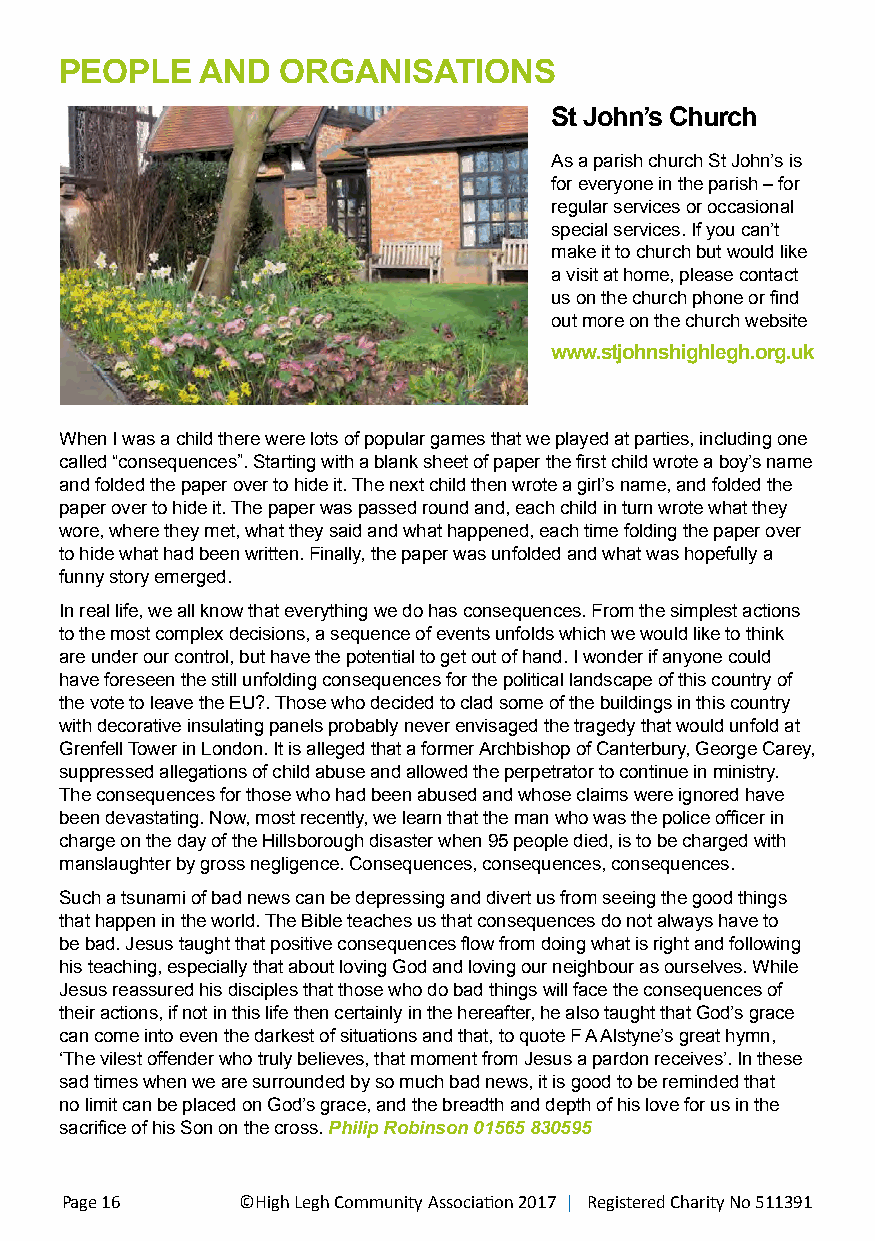
PEOPLE   AND   ORGANISATIONS
 St John’s Church
 As a parish church St John’s is
 for everyone in the parish – for
 regular services or occasional
 special services. If you can’t
 make it to church but would like
 a visit at home, please contact
 us on the church phone or find
 out more on the church website
 www.stjohnshighlegh.org.uk
 When I was a child there were lots of popular games that we played at parties, including one
 called “consequences”. Starting with a blank sheet of paper the first child wrote a boy’s name
 and folded the paper over to hide it. The next child then wrote a girl’s name, and folded the
 paper over to hide it. The paper was passed round and, each child in turn wrote what they
 wore, where they met, what they said and what happened, each time folding the paper over
 to hide what had been written. Finally, the paper was unfolded and what was hopefully a
 funny story emerged.
 In real life, we all know that everything we do has consequences. From the simplest actions
 to the most complex decisions, a sequence of events unfolds which we would like to think
 are under our control, but have the potential to get out of hand. I wonder if anyone could
 have foreseen the still unfolding consequences for the political landscape of this country of
 the vote to leave the EU?. Those who decided to clad some of the buildings in this country
 with decorative insulating panels probably never envisaged the tragedy that would unfold at
 Grenfell Tower in London. It is alleged that a former Archbishop of Canterbury, George Carey,
 suppressed allegations of child abuse and allowed the perpetrator to continue in ministry.
 The consequences for those who had been abused and whose claims were ignored have
 been devastating. Now, most recently, we learn that the man who was the police officer in
 charge on the day of the Hillsborough disaster when 95 people died, is to be charged with
 manslaughter by gross negligence. Consequences, consequences, consequences.
 Such a tsunami of bad news can be depressing and divert us from seeing the good things
 that happen in the world. The Bible teaches us that consequences do not always have to
 be bad. Jesus taught that positive consequences flow from doing what is right and following
 his teaching, especially that about loving God and loving our neighbour as ourselves. While
 Jesus reassured his disciples that those who do bad things will face the consequences of
 their actions, if not in this life then certainly in the hereafter, he also taught that God’s grace
 can come into even the darkest of situations and that, to quote F A Alstyne’s great hymn,
 ‘The vilest offender who truly believes, that moment from Jesus a pardon receives’. In these
 sad times when we are surrounded by so much bad news, it is good to be reminded that
 no limit can be placed on God’s grace, and the breadth and depth of his love for us in the
 sacrifice of his Son on the cross. Philip Robinson 01565 830595
 Page 16     ©High Legh Community Association 2017 | Registered Charity No 511391 ©High Legh Community Association 2017 | Registered Charity No 511391 Page 17